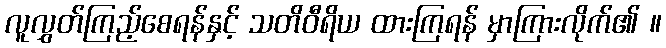
လူလွှတ်ကြည့်စေရန်နှင့် သတိဝီရိယ ထားကြရန် မှာကြားလိုက်၏ ။